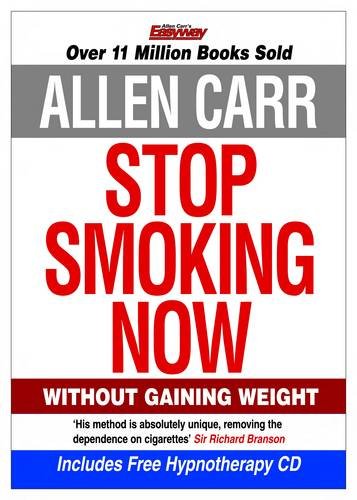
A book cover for Stop Smoking Now; Allen Carr; Health, Fitness & Dieting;